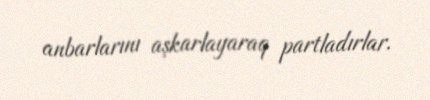
anbarlarını aşkarlayaraq partladırlar.